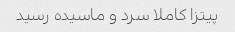
پیتزا کاملا سرد و ماسیده رسید